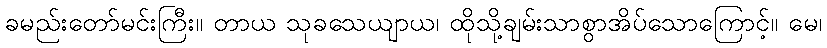
ခမည်းတော်မင်းကြီး။ တာယ သုခသေယျာယ၊ ထိုသို့ချမ်းသာစွာအိပ်သောကြောင့်။ မေ၊